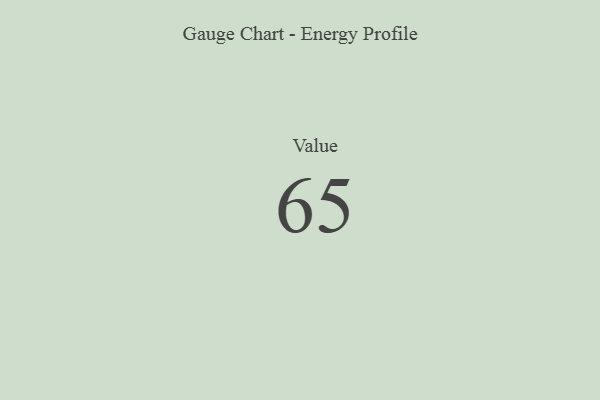
{"axis": {"x": "Metric", "y": "Value"}, "legend": [""], "data": [{"x": "Value", "y": 65, "type": ""}]}